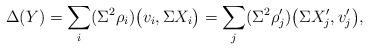
LaTeX: \begin{align*} \Delta(Y) = \sum_{i} (\Sigma^2 \rho_{i})\bigl(v_{i}, \Sigma X_{i}\bigr) = \sum_{j} (\Sigma^2 \rho'_{j})\bigl(\Sigma X'_{j}, v'_{j}\bigr), \end{align*}